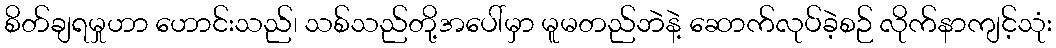
စိတ်ချရမှုဟာ ဟောင်းသည်၊ သစ်သည်တို့အပေါ်မှာ မူမတည်ဘဲနဲ့ ဆောက်လုပ်ခဲ့စဉ် လိုက်နာကျင့်သုံး